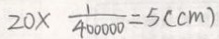
2 0 \times \frac { 1 } { 4 0 0 0 0 0 } = 5 ( c m )